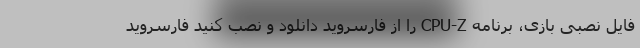
فایل نصبی بازی، برنامه CPU-Z را از فارسروید دانلود و نصب کنید فارسروید